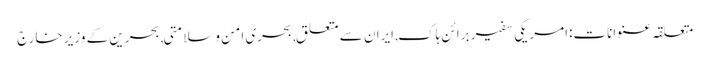
متعلقہ عنوانات‬:امریکی سفیر برائن ہاک, ایران سے متعلق, بحری امن وسلامتی, بحرین کے وزیر خارج